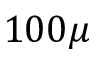
1 0 0 \mu